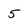
Character: 5